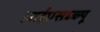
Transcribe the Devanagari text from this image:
आईएसडब्ल्यू